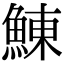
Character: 鯟